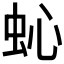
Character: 𱿜